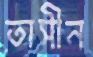
তাসীন